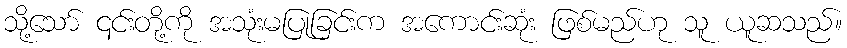
သို့သော် ၎င်းတို့ကို အသုံးမပြုခြင်းက အကောင်းဆုံး ဖြစ်မည်ဟု သူ ယူဆသည်။